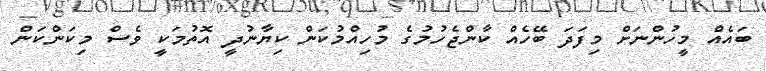
ބައެއް މީހުންނަށް މިފަދަ ބޭހެއް ކާންޖެހުމުގެ މުހިއްމުކަން ކިޔާނުދީ އޮތުމަކީ ވެސް މިކަންކަން